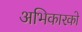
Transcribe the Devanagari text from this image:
अभिकारको